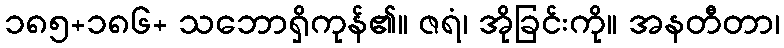
၁၈၅+၁၈၆+ သဘောရှိကုန်၏။ ဇရံ၊ အိုခြင်းကို။ အနတီတာ၊